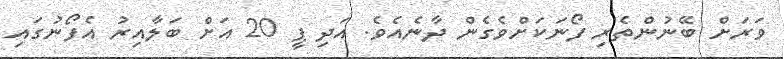
ވަރަށް ބޭނުންތެރި ފޯނަކަށްވެގެން ދާނެއެވެ. އަދި ޕީ 20 އަށް ބަލާއިރު އެފޯނުގައި